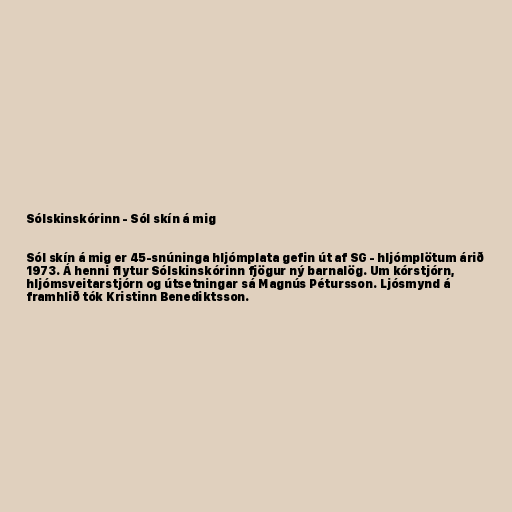
Sólskinskórinn - Sól skín á mig

Sól skín á mig er 45-snúninga hljómplata gefin út af SG - hljómplötum árið
1973. Á henni flytur Sólskinskórinn fjögur ný barnalög. Um kórstjórn,
hljómsveitarstjórn og útsetningar sá Magnús Pétursson. Ljósmynd á
framhlið tók Kristinn Benediktsson.